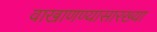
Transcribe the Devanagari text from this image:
वाखाणण्यासारख्या